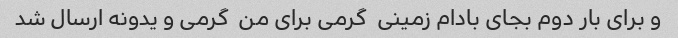
و برای بار دوم بجای بادام زمینی  گرمی برای من  گرمی و یدونه ارسال شد